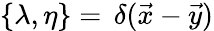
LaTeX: \{ \lambda,\eta\} =\, \delta(\vec{x}-\vec{y})